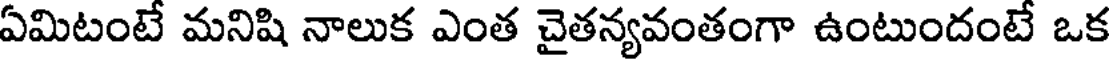
ఏమిటంటే మనిషి నాలుక ఎంత చైతన్యవంతంగా ఉంటుందంటే ఒక